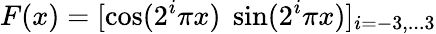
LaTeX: F(x)=[\cos(2^{i}\pi x)\; \sin(2^{i}\pi x)]_{i=-3,...3}